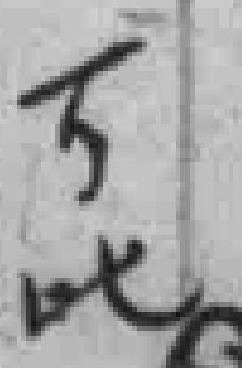
*吒